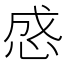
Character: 𰑜